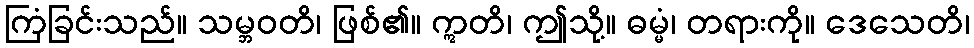
ကြံခြင်းသည်။ သမ္ဘဝတိ၊ ဖြစ်၏။ ဣတိ၊ ဤသို့။ ဓမ္မံ၊ တရားကို။ ဒေသေတိ၊